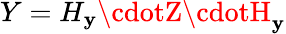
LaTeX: Y=H_{\mathbf{y}}\cdotZ\cdotH_{\mathbf{y}}